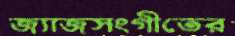
জ্যাজসংগীতের